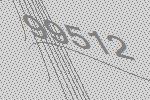
99512